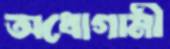
অধোগামী